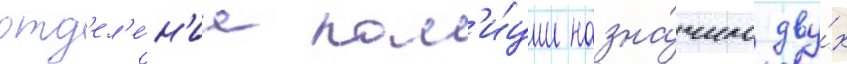
отд'ел'е́н'ие пол'и́ции назна́чило дву́х